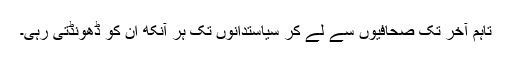
تاہم آخر تک صحافیوں سے لے کر سیاستدانوں تک ہر آنکھ ان کو ڈھونڈتی رہی۔